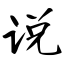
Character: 说